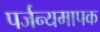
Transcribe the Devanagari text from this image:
पर्जन्यमापक